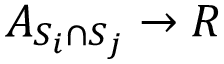
A _ { S _ { i } \cap S _ { j } } \rightarrow R